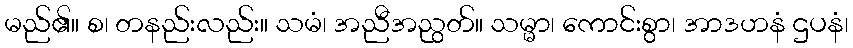
မည်၏။ စ၊ တနည်းလည်း။ သမံ၊ အညီအညွတ်။ သမ္မာ၊ ကောင်းစွာ၊ အာဒဟနံ ဌပနံ၊